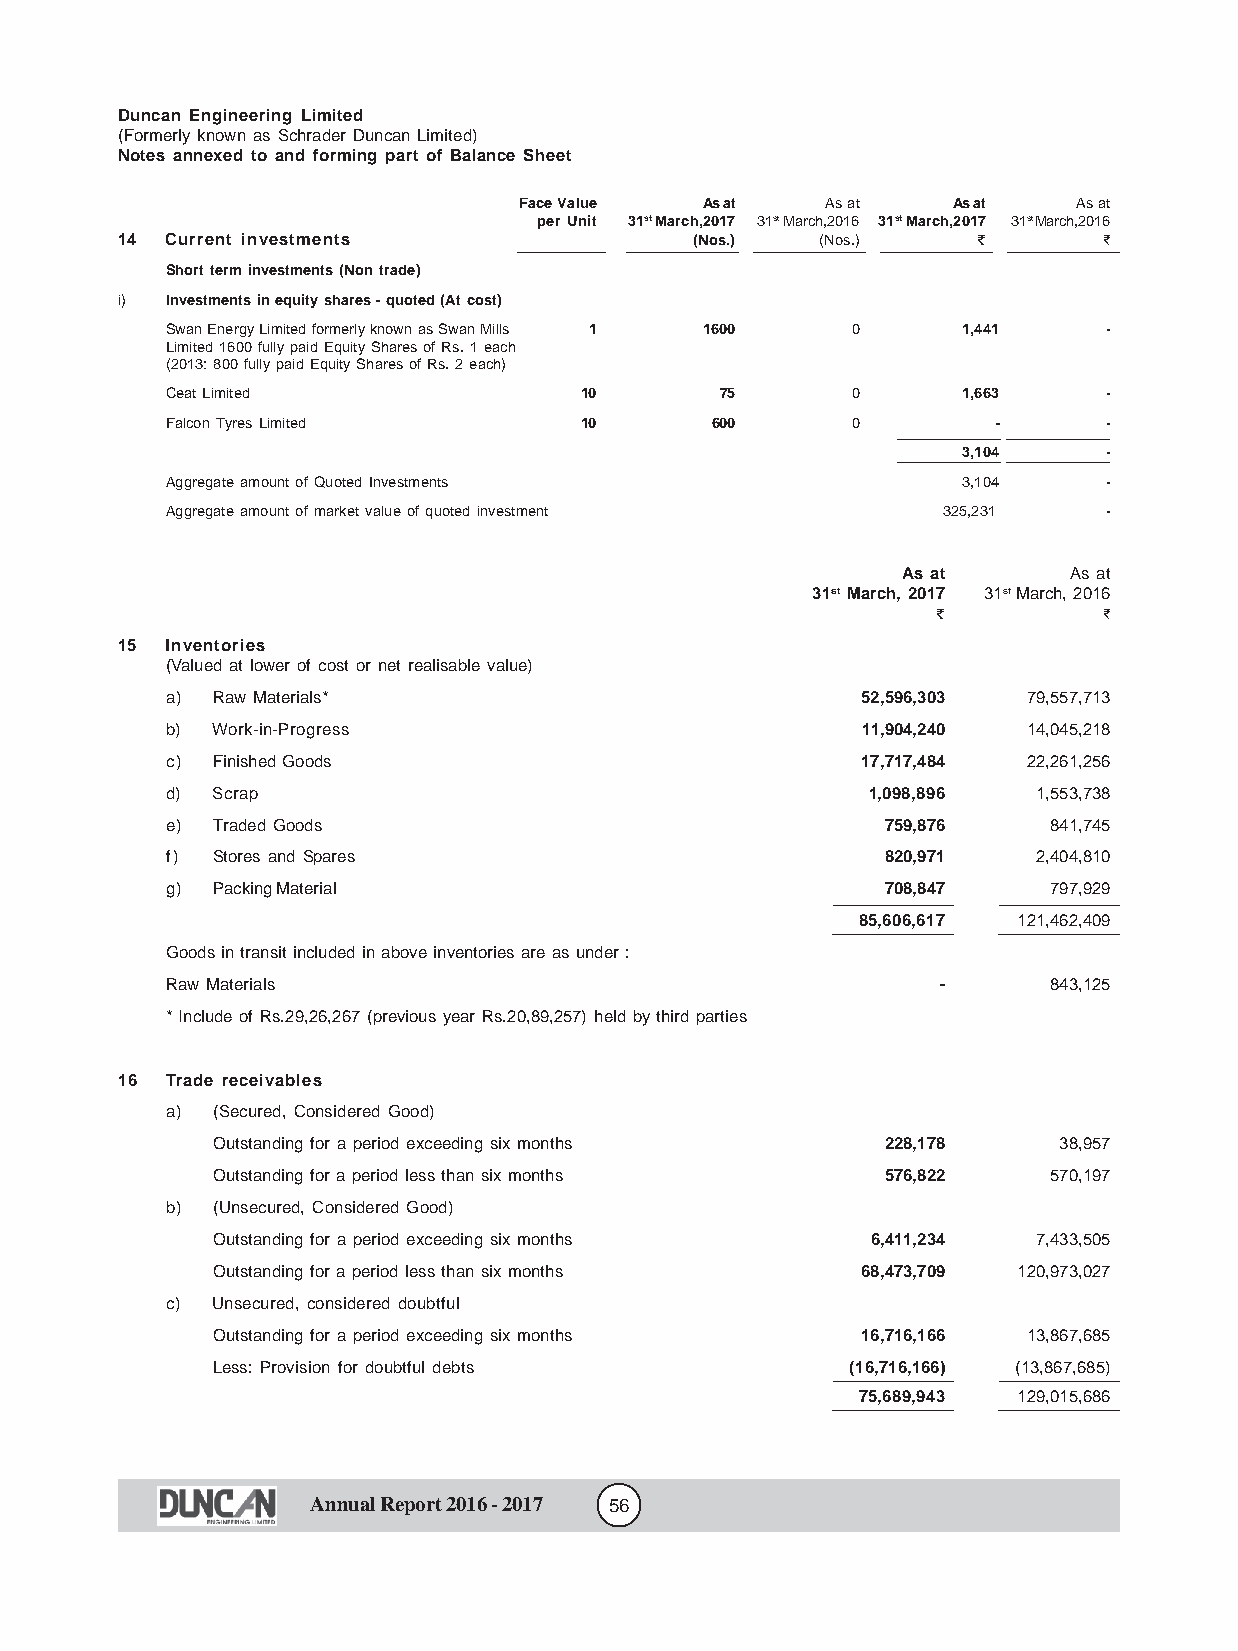
Duncan Engineering Limited
 (Formerly known as Schrader Duncan Limited)
 Notes annexed to and forming part of Balance Sheet
 Face Value   As at   As at   As at   As at
 per Unit 31st March,2017 31st March,2016 31st March,2017 31st March,2016
 14 Current investments                (Nos.)  (Nos.)     f       f
 Short term investments (Non trade)
 i) Investments in equity shares - quoted (At cost)
 Swan Energy Limited formerly known as Swan Mills 1 1600 0 1,441 -
 Limited 1600 fully paid Equity Shares of Rs. 1 each
 (2013: 800 fully paid Equity Shares of Rs. 2 each)
 Ceat Limited               10        75      0       1,663    -
 Falcon Tyres Limited       10       600      0         -      -
 3,104    -
 Aggregate amount of Quoted Investments               3,104    -
 Aggregate amount of market value of quoted investment 325,231 -
 As at      As at
 31st March, 2017 31st March, 2016
 f          f
 15 Inventories
 (Valued at lower of cost or net realisable value)
 a) Raw Materials*                             52,596,303 79,557,713
 b) Work-in-Progress                           11,904,240 14,045,218
 c) Finished Goods                             17,717,484 22,261,256
 d) Scrap                                      1,098,896   1,553,738
 e) Traded Goods                                 759,876   841,745
 f) Stores and Spares                            820,971   2,404,810
 g) Packing Material                             708,847   797,929
 85,606,617 121,462,409
 Goods in transit included in above inventories are as under :
 Raw Materials                                      -      843,125
 * Include of Rs.29,26,267 (previous year Rs.20,89,257) held by third parties
 16 Trade receivables
 a) (Secured, Considered Good)
 Outstanding for a period exceeding six months 228,178   38,957
 Outstanding for a period less than six months 576,822  570,197
 b) (Unsecured, Considered Good)
 Outstanding for a period exceeding six months 6,411,234 7,433,505
 Outstanding for a period less than six months 68,473,709 120,973,027
 c) Unsecured, considered doubtful
 Outstanding for a period exceeding six months 16,716,166 13,867,685
 Less: Provision for doubtful debts        (16,716,166) (13,867,685)
 75,689,943 129,015,686
 Annual Report 2016 - 2017 56